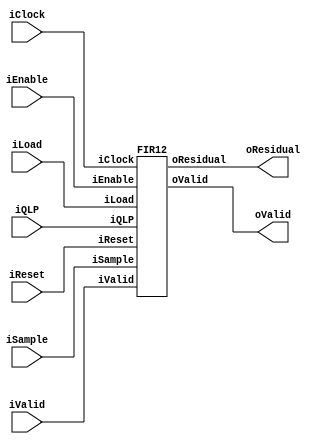

/* This code has been autogenerated by "generate_fir.py".
 * Modify at your own risk
 */
 
 
`define SHIFT 10
 
module fir_filters(
    input wire iClock,
    input wire iEnable,
    input wire iReset,
    
    input wire iLoad, 
    input wire signed [14:0] iQLP,
    
    input wire iValid,
    input wire signed [15:0] iSample,
    
    output wire signed [15:0] oResidual,
    output wire oValid
    );

FIR12 f12 (
    .iClock(iClock),
    .iEnable(iEnable),
    .iReset(iReset),
    
    .iLoad(iLoad), 
    .iQLP(iQLP),
    
    .iValid(iValid),
    .iSample(iSample),
    
    .oResidual(oResidual),
    .oValid(oValid)
    );
endmodule

    
module FIR1(
    input wire iClock,
    input wire iEnable,
    input wire iReset,
    
    input wire iLoad, 
    input wire signed [14:0] iQLP,
    
    input wire iValid,
    input wire signed [15:0] iSample,
    
    output wire signed [15:0] oResidual,
    output wire oValid
    );

parameter ORDER = 1;
parameter LATENCY = 1 + ORDER;
parameter PRECISION = 15;

integer i;
reg signed [14:0] qlp_coeff [0:ORDER - 1];
reg signed [15:0] data[0:ORDER - 1];
reg [3:0] coeff_count;
reg [LATENCY:0] valid;

reg signed [`SHIFT + 16:0] level0_0;
reg signed [15:0] data0_l0;
reg signed [15:0] residual;

assign oValid = valid[LATENCY];
assign oResidual = residual; // right shift the result

always @(posedge iClock) begin
    if (iReset) begin
        qlp_coeff[0] <= 0;
        data[0] <= 0;
        
        valid <= 0;
        coeff_count <= 0;


    end else if (iEnable) begin
        if (iLoad && coeff_count <= ORDER) begin
            qlp_coeff[0] <= iQLP;
            for (i = ORDER - 1; i > 0; i = i - 1) begin
                qlp_coeff[i] <= qlp_coeff[i - 1];
            end 
            coeff_count <= coeff_count + 1'b1;
        end else begin
            valid <= (valid << 1) | iValid;
            
            data[0] <= iSample;
            for (i = ORDER - 1; i > 0; i = i - 1) begin
                data[i] <= data[i - 1];
            end 
    
            level0_0 <= qlp_coeff[0]*data[0];

            data0_l0 <= iSample;

            residual <= data0_l0 - (level0_0 >> `SHIFT);
        end
    end
end
endmodule

    
module FIR2(
    input wire iClock,
    input wire iEnable,
    input wire iReset,
    
    input wire iLoad, 
    input wire signed [14:0] iQLP,
    
    input wire iValid,
    input wire signed [15:0] iSample,
    
    output wire signed [15:0] oResidual,
    output wire oValid
    );

parameter ORDER = 2;
parameter LATENCY = 2 + ORDER;
parameter PRECISION = 15;

integer i;
reg signed [14:0] qlp_coeff [0:ORDER - 1];
reg signed [15:0] data[0:ORDER - 1];
reg [3:0] coeff_count;
reg [LATENCY:0] valid;

reg signed [`SHIFT + 16:0] level0_0;
reg signed [`SHIFT + 16:0] level0_1;
reg signed [`SHIFT + 16:0] level1_0;
reg signed [15:0] data0_l0;
reg signed [15:0] data0_l1;
reg signed [15:0] residual;

assign oValid = valid[LATENCY];
assign oResidual = residual; // right shift the result

always @(posedge iClock) begin
    if (iReset) begin
        qlp_coeff[0] <= 0;
        data[0] <= 0;
        
        valid <= 0;
        coeff_count <= 0;


    end else if (iEnable) begin
        if (iLoad && coeff_count <= ORDER) begin
            qlp_coeff[0] <= iQLP;
            for (i = ORDER - 1; i > 0; i = i - 1) begin
                qlp_coeff[i] <= qlp_coeff[i - 1];
            end 
            coeff_count <= coeff_count + 1'b1;
        end else begin
            valid <= (valid << 1) | iValid;
            
            data[0] <= iSample;
            for (i = ORDER - 1; i > 0; i = i - 1) begin
                data[i] <= data[i - 1];
            end 
    
            level0_0 <= qlp_coeff[0]*data[0];
            level0_1 <= qlp_coeff[1]*data[1];

            data0_l0 <= iSample;
            data0_l1 <= data0_l0;

            level1_0 <= level0_0 + level0_1;

            residual <= data0_l1 - (level1_0 >> `SHIFT);
        end
    end
end
endmodule

    
module FIR3(
    input wire iClock,
    input wire iEnable,
    input wire iReset,
    
    input wire iLoad, 
    input wire signed [14:0] iQLP,
    
    input wire iValid,
    input wire signed [15:0] iSample,
    
    output wire signed [15:0] oResidual,
    output wire oValid
    );

parameter ORDER = 3;
parameter LATENCY = 3 + ORDER;
parameter PRECISION = 15;

integer i;
reg signed [14:0] qlp_coeff [0:ORDER - 1];
reg signed [15:0] data[0:ORDER - 1];
reg [3:0] coeff_count;
reg [LATENCY:0] valid;

reg signed [`SHIFT + 16:0] level0_0;
reg signed [`SHIFT + 16:0] level0_1;
reg signed [`SHIFT + 16:0] level0_2;
reg signed [`SHIFT + 16:0] level1_0;
reg signed [`SHIFT + 16:0] rlevel1_1;
reg signed [`SHIFT + 16:0] level2_0;
reg signed [15:0] data0_l0;
reg signed [15:0] data0_l1;
reg signed [15:0] data0_l2;
reg signed [15:0] residual;

assign oValid = valid[LATENCY];
assign oResidual = residual; // right shift the result

always @(posedge iClock) begin
    if (iReset) begin
        qlp_coeff[0] <= 0;
        data[0] <= 0;
        
        valid <= 0;
        coeff_count <= 0;


    end else if (iEnable) begin
        if (iLoad && coeff_count <= ORDER) begin
            qlp_coeff[0] <= iQLP;
            for (i = ORDER - 1; i > 0; i = i - 1) begin
                qlp_coeff[i] <= qlp_coeff[i - 1];
            end 
            coeff_count <= coeff_count + 1'b1;
        end else begin
            valid <= (valid << 1) | iValid;
            
            data[0] <= iSample;
            for (i = ORDER - 1; i > 0; i = i - 1) begin
                data[i] <= data[i - 1];
            end 
    
            level0_0 <= qlp_coeff[0]*data[0];
            level0_1 <= qlp_coeff[1]*data[1];
            level0_2 <= qlp_coeff[2]*data[2];

            data0_l0 <= iSample;
            data0_l1 <= data0_l0;
            data0_l2 <= data0_l1;

            level1_0 <= level0_0 + level0_1;
            rlevel1_1 <= level0_2;

            level2_0 <= level1_0 + rlevel1_1;

            residual <= data0_l2 - (level2_0 >> `SHIFT);
        end
    end
end
endmodule

    
module FIR4(
    input wire iClock,
    input wire iEnable,
    input wire iReset,
    
    input wire iLoad, 
    input wire signed [14:0] iQLP,
    
    input wire iValid,
    input wire signed [15:0] iSample,
    
    output wire signed [15:0] oResidual,
    output wire oValid
    );

parameter ORDER = 4;
parameter LATENCY = 3 + ORDER;
parameter PRECISION = 15;

integer i;
reg signed [14:0] qlp_coeff [0:ORDER - 1];
reg signed [15:0] data[0:ORDER - 1];
reg [3:0] coeff_count;
reg [LATENCY:0] valid;

reg signed [`SHIFT + 16:0] level0_0;
reg signed [`SHIFT + 16:0] level0_1;
reg signed [`SHIFT + 16:0] level0_2;
reg signed [`SHIFT + 16:0] level0_3;
reg signed [`SHIFT + 16:0] level1_0;
reg signed [`SHIFT + 16:0] level1_1;
reg signed [`SHIFT + 16:0] level2_0;
reg signed [15:0] data0_l0;
reg signed [15:0] data0_l1;
reg signed [15:0] data0_l2;
reg signed [15:0] residual;

assign oValid = valid[LATENCY];
assign oResidual = residual; // right shift the result

always @(posedge iClock) begin
    if (iReset) begin
        qlp_coeff[0] <= 0;
        data[0] <= 0;
        
        valid <= 0;
        coeff_count <= 0;


    end else if (iEnable) begin
        if (iLoad && coeff_count <= ORDER) begin
            qlp_coeff[0] <= iQLP;
            for (i = ORDER - 1; i > 0; i = i - 1) begin
                qlp_coeff[i] <= qlp_coeff[i - 1];
            end 
            coeff_count <= coeff_count + 1'b1;
        end else begin
            valid <= (valid << 1) | iValid;
            
            data[0] <= iSample;
            for (i = ORDER - 1; i > 0; i = i - 1) begin
                data[i] <= data[i - 1];
            end 
    
            level0_0 <= qlp_coeff[0]*data[0];
            level0_1 <= qlp_coeff[1]*data[1];
            level0_2 <= qlp_coeff[2]*data[2];
            level0_3 <= qlp_coeff[3]*data[3];

            data0_l0 <= iSample;
            data0_l1 <= data0_l0;
            data0_l2 <= data0_l1;

            level1_0 <= level0_0 + level0_1;
            level1_1 <= level0_2 + level0_3;

            level2_0 <= level1_0 + level1_1;

            residual <= data0_l2 - (level2_0 >> `SHIFT);
        end
    end
end
endmodule

    
module FIR5(
    input wire iClock,
    input wire iEnable,
    input wire iReset,
    
    input wire iLoad, 
    input wire signed [14:0] iQLP,
    
    input wire iValid,
    input wire signed [15:0] iSample,
    
    output wire signed [15:0] oResidual,
    output wire oValid
    );

parameter ORDER = 5;
parameter LATENCY = 4 + ORDER;
parameter PRECISION = 15;

integer i;
reg signed [14:0] qlp_coeff [0:ORDER - 1];
reg signed [15:0] data[0:ORDER - 1];
reg [3:0] coeff_count;
reg [LATENCY:0] valid;

reg signed [`SHIFT + 16:0] level0_0;
reg signed [`SHIFT + 16:0] level0_1;
reg signed [`SHIFT + 16:0] level0_2;
reg signed [`SHIFT + 16:0] level0_3;
reg signed [`SHIFT + 16:0] level0_4;
reg signed [`SHIFT + 16:0] level1_0;
reg signed [`SHIFT + 16:0] level1_1;
reg signed [`SHIFT + 16:0] rlevel1_2;
reg signed [`SHIFT + 16:0] level2_0;
reg signed [`SHIFT + 16:0] rlevel2_1;
reg signed [`SHIFT + 16:0] level3_0;
reg signed [15:0] data0_l0;
reg signed [15:0] data0_l1;
reg signed [15:0] data0_l2;
reg signed [15:0] data0_l3;
reg signed [15:0] residual;

assign oValid = valid[LATENCY];
assign oResidual = residual; // right shift the result

always @(posedge iClock) begin
    if (iReset) begin
        qlp_coeff[0] <= 0;
        data[0] <= 0;
        
        valid <= 0;
        coeff_count <= 0;


    end else if (iEnable) begin
        if (iLoad && coeff_count <= ORDER) begin
            qlp_coeff[0] <= iQLP;
            for (i = ORDER - 1; i > 0; i = i - 1) begin
                qlp_coeff[i] <= qlp_coeff[i - 1];
            end 
            coeff_count <= coeff_count + 1'b1;
        end else begin
            valid <= (valid << 1) | iValid;
            
            data[0] <= iSample;
            for (i = ORDER - 1; i > 0; i = i - 1) begin
                data[i] <= data[i - 1];
            end 
    
            level0_0 <= qlp_coeff[0]*data[0];
            level0_1 <= qlp_coeff[1]*data[1];
            level0_2 <= qlp_coeff[2]*data[2];
            level0_3 <= qlp_coeff[3]*data[3];
            level0_4 <= qlp_coeff[4]*data[4];

            data0_l0 <= iSample;
            data0_l1 <= data0_l0;
            data0_l2 <= data0_l1;
            data0_l3 <= data0_l2;

            level1_0 <= level0_0 + level0_1;
            level1_1 <= level0_2 + level0_3;
            rlevel1_2 <= level0_4;

            level2_0 <= level1_0 + level1_1;
            rlevel2_1 <= rlevel1_2;

            level3_0 <= level2_0 + rlevel2_1;

            residual <= data0_l3 - (level3_0 >> `SHIFT);
        end
    end
end
endmodule

    
module FIR6(
    input wire iClock,
    input wire iEnable,
    input wire iReset,
    
    input wire iLoad, 
    input wire signed [14:0] iQLP,
    
    input wire iValid,
    input wire signed [15:0] iSample,
    
    output wire signed [15:0] oResidual,
    output wire oValid
    );

parameter ORDER = 6;
parameter LATENCY = 4 + ORDER;
parameter PRECISION = 15;

integer i;
reg signed [14:0] qlp_coeff [0:ORDER - 1];
reg signed [15:0] data[0:ORDER - 1];
reg [3:0] coeff_count;
reg [LATENCY:0] valid;

reg signed [`SHIFT + 16:0] level0_0;
reg signed [`SHIFT + 16:0] level0_1;
reg signed [`SHIFT + 16:0] level0_2;
reg signed [`SHIFT + 16:0] level0_3;
reg signed [`SHIFT + 16:0] level0_4;
reg signed [`SHIFT + 16:0] level0_5;
reg signed [`SHIFT + 16:0] level1_0;
reg signed [`SHIFT + 16:0] level1_1;
reg signed [`SHIFT + 16:0] level1_2;
reg signed [`SHIFT + 16:0] level2_0;
reg signed [`SHIFT + 16:0] rlevel2_1;
reg signed [`SHIFT + 16:0] level3_0;
reg signed [15:0] data0_l0;
reg signed [15:0] data0_l1;
reg signed [15:0] data0_l2;
reg signed [15:0] data0_l3;
reg signed [15:0] residual;

assign oValid = valid[LATENCY];
assign oResidual = residual; // right shift the result

always @(posedge iClock) begin
    if (iReset) begin
        qlp_coeff[0] <= 0;
        data[0] <= 0;
        
        valid <= 0;
        coeff_count <= 0;


    end else if (iEnable) begin
        if (iLoad && coeff_count <= ORDER) begin
            qlp_coeff[0] <= iQLP;
            for (i = ORDER - 1; i > 0; i = i - 1) begin
                qlp_coeff[i] <= qlp_coeff[i - 1];
            end 
            coeff_count <= coeff_count + 1'b1;
        end else begin
            valid <= (valid << 1) | iValid;
            
            data[0] <= iSample;
            for (i = ORDER - 1; i > 0; i = i - 1) begin
                data[i] <= data[i - 1];
            end 
    
            level0_0 <= qlp_coeff[0]*data[0];
            level0_1 <= qlp_coeff[1]*data[1];
            level0_2 <= qlp_coeff[2]*data[2];
            level0_3 <= qlp_coeff[3]*data[3];
            level0_4 <= qlp_coeff[4]*data[4];
            level0_5 <= qlp_coeff[5]*data[5];

            data0_l0 <= iSample;
            data0_l1 <= data0_l0;
            data0_l2 <= data0_l1;
            data0_l3 <= data0_l2;

            level1_0 <= level0_0 + level0_1;
            level1_1 <= level0_2 + level0_3;
            level1_2 <= level0_4 + level0_5;

            level2_0 <= level1_0 + level1_1;
            rlevel2_1 <= level1_2;

            level3_0 <= level2_0 + rlevel2_1;

            residual <= data0_l3 - (level3_0 >> `SHIFT);
        end
    end
end
endmodule

    
module FIR7(
    input wire iClock,
    input wire iEnable,
    input wire iReset,
    
    input wire iLoad, 
    input wire signed [14:0] iQLP,
    
    input wire iValid,
    input wire signed [15:0] iSample,
    
    output wire signed [15:0] oResidual,
    output wire oValid
    );

parameter ORDER = 7;
parameter LATENCY = 4 + ORDER;
parameter PRECISION = 15;

integer i;
reg signed [14:0] qlp_coeff [0:ORDER - 1];
reg signed [15:0] data[0:ORDER - 1];
reg [3:0] coeff_count;
reg [LATENCY:0] valid;

reg signed [`SHIFT + 16:0] level0_0;
reg signed [`SHIFT + 16:0] level0_1;
reg signed [`SHIFT + 16:0] level0_2;
reg signed [`SHIFT + 16:0] level0_3;
reg signed [`SHIFT + 16:0] level0_4;
reg signed [`SHIFT + 16:0] level0_5;
reg signed [`SHIFT + 16:0] level0_6;
reg signed [`SHIFT + 16:0] level1_0;
reg signed [`SHIFT + 16:0] level1_1;
reg signed [`SHIFT + 16:0] level1_2;
reg signed [`SHIFT + 16:0] rlevel1_3;
reg signed [`SHIFT + 16:0] level2_0;
reg signed [`SHIFT + 16:0] level2_1;
reg signed [`SHIFT + 16:0] level3_0;
reg signed [15:0] data0_l0;
reg signed [15:0] data0_l1;
reg signed [15:0] data0_l2;
reg signed [15:0] data0_l3;
reg signed [15:0] residual;

assign oValid = valid[LATENCY];
assign oResidual = residual; // right shift the result

always @(posedge iClock) begin
    if (iReset) begin
        qlp_coeff[0] <= 0;
        data[0] <= 0;
        
        valid <= 0;
        coeff_count <= 0;


    end else if (iEnable) begin
        if (iLoad && coeff_count <= ORDER) begin
            qlp_coeff[0] <= iQLP;
            for (i = ORDER - 1; i > 0; i = i - 1) begin
                qlp_coeff[i] <= qlp_coeff[i - 1];
            end 
            coeff_count <= coeff_count + 1'b1;
        end else begin
            valid <= (valid << 1) | iValid;
            
            data[0] <= iSample;
            for (i = ORDER - 1; i > 0; i = i - 1) begin
                data[i] <= data[i - 1];
            end 
    
            level0_0 <= qlp_coeff[0]*data[0];
            level0_1 <= qlp_coeff[1]*data[1];
            level0_2 <= qlp_coeff[2]*data[2];
            level0_3 <= qlp_coeff[3]*data[3];
            level0_4 <= qlp_coeff[4]*data[4];
            level0_5 <= qlp_coeff[5]*data[5];
            level0_6 <= qlp_coeff[6]*data[6];

            data0_l0 <= iSample;
            data0_l1 <= data0_l0;
            data0_l2 <= data0_l1;
            data0_l3 <= data0_l2;

            level1_0 <= level0_0 + level0_1;
            level1_1 <= level0_2 + level0_3;
            level1_2 <= level0_4 + level0_5;
            rlevel1_3 <= level0_6;

            level2_0 <= level1_0 + level1_1;
            level2_1 <= level1_2 + rlevel1_3;

            level3_0 <= level2_0 + level2_1;

            residual <= data0_l3 - (level3_0 >> `SHIFT);
        end
    end
end
endmodule

    
module FIR8(
    input wire iClock,
    input wire iEnable,
    input wire iReset,
    
    input wire iLoad, 
    input wire signed [14:0] iQLP,
    
    input wire iValid,
    input wire signed [15:0] iSample,
    
    output wire signed [15:0] oResidual,
    output wire oValid
    );

parameter ORDER = 8;
parameter LATENCY = 4 + ORDER;
parameter PRECISION = 15;

integer i;
reg signed [14:0] qlp_coeff [0:ORDER - 1];
reg signed [15:0] data[0:ORDER - 1];
reg [3:0] coeff_count;
reg [LATENCY:0] valid;

reg signed [`SHIFT + 16:0] level0_0;
reg signed [`SHIFT + 16:0] level0_1;
reg signed [`SHIFT + 16:0] level0_2;
reg signed [`SHIFT + 16:0] level0_3;
reg signed [`SHIFT + 16:0] level0_4;
reg signed [`SHIFT + 16:0] level0_5;
reg signed [`SHIFT + 16:0] level0_6;
reg signed [`SHIFT + 16:0] level0_7;
reg signed [`SHIFT + 16:0] level1_0;
reg signed [`SHIFT + 16:0] level1_1;
reg signed [`SHIFT + 16:0] level1_2;
reg signed [`SHIFT + 16:0] level1_3;
reg signed [`SHIFT + 16:0] level2_0;
reg signed [`SHIFT + 16:0] level2_1;
reg signed [`SHIFT + 16:0] level3_0;
reg signed [15:0] data0_l0;
reg signed [15:0] data0_l1;
reg signed [15:0] data0_l2;
reg signed [15:0] data0_l3;
reg signed [15:0] residual;

assign oValid = valid[LATENCY];
assign oResidual = residual; // right shift the result

always @(posedge iClock) begin
    if (iReset) begin
        qlp_coeff[0] <= 0;
        data[0] <= 0;
        
        valid <= 0;
        coeff_count <= 0;


    end else if (iEnable) begin
        if (iLoad && coeff_count <= ORDER) begin
            qlp_coeff[0] <= iQLP;
            for (i = ORDER - 1; i > 0; i = i - 1) begin
                qlp_coeff[i] <= qlp_coeff[i - 1];
            end 
            coeff_count <= coeff_count + 1'b1;
        end else begin
            valid <= (valid << 1) | iValid;
            
            data[0] <= iSample;
            for (i = ORDER - 1; i > 0; i = i - 1) begin
                data[i] <= data[i - 1];
            end 
    
            level0_0 <= qlp_coeff[0]*data[0];
            level0_1 <= qlp_coeff[1]*data[1];
            level0_2 <= qlp_coeff[2]*data[2];
            level0_3 <= qlp_coeff[3]*data[3];
            level0_4 <= qlp_coeff[4]*data[4];
            level0_5 <= qlp_coeff[5]*data[5];
            level0_6 <= qlp_coeff[6]*data[6];
            level0_7 <= qlp_coeff[7]*data[7];

            data0_l0 <= iSample;
            data0_l1 <= data0_l0;
            data0_l2 <= data0_l1;
            data0_l3 <= data0_l2;

            level1_0 <= level0_0 + level0_1;
            level1_1 <= level0_2 + level0_3;
            level1_2 <= level0_4 + level0_5;
            level1_3 <= level0_6 + level0_7;

            level2_0 <= level1_0 + level1_1;
            level2_1 <= level1_2 + level1_3;

            level3_0 <= level2_0 + level2_1;

            residual <= data0_l3 - (level3_0 >> `SHIFT);
        end
    end
end
endmodule

    
module FIR9(
    input wire iClock,
    input wire iEnable,
    input wire iReset,
    
    input wire iLoad, 
    input wire signed [14:0] iQLP,
    
    input wire iValid,
    input wire signed [15:0] iSample,
    
    output wire signed [15:0] oResidual,
    output wire oValid
    );

parameter ORDER = 9;
parameter LATENCY = 5 + ORDER;
parameter PRECISION = 15;

integer i;
reg signed [14:0] qlp_coeff [0:ORDER - 1];
reg signed [15:0] data[0:ORDER - 1];
reg [3:0] coeff_count;
reg [LATENCY:0] valid;

reg signed [`SHIFT + 16:0] level0_0;
reg signed [`SHIFT + 16:0] level0_1;
reg signed [`SHIFT + 16:0] level0_2;
reg signed [`SHIFT + 16:0] level0_3;
reg signed [`SHIFT + 16:0] level0_4;
reg signed [`SHIFT + 16:0] level0_5;
reg signed [`SHIFT + 16:0] level0_6;
reg signed [`SHIFT + 16:0] level0_7;
reg signed [`SHIFT + 16:0] level0_8;
reg signed [`SHIFT + 16:0] level1_0;
reg signed [`SHIFT + 16:0] level1_1;
reg signed [`SHIFT + 16:0] level1_2;
reg signed [`SHIFT + 16:0] level1_3;
reg signed [`SHIFT + 16:0] rlevel1_4;
reg signed [`SHIFT + 16:0] level2_0;
reg signed [`SHIFT + 16:0] level2_1;
reg signed [`SHIFT + 16:0] rlevel2_2;
reg signed [`SHIFT + 16:0] level3_0;
reg signed [`SHIFT + 16:0] rlevel3_1;
reg signed [`SHIFT + 16:0] level4_0;
reg signed [15:0] data0_l0;
reg signed [15:0] data0_l1;
reg signed [15:0] data0_l2;
reg signed [15:0] data0_l3;
reg signed [15:0] data0_l4;
reg signed [15:0] residual;

assign oValid = valid[LATENCY];
assign oResidual = residual; // right shift the result

always @(posedge iClock) begin
    if (iReset) begin
        qlp_coeff[0] <= 0;
        data[0] <= 0;
        
        valid <= 0;
        coeff_count <= 0;


    end else if (iEnable) begin
        if (iLoad && coeff_count <= ORDER) begin
            qlp_coeff[0] <= iQLP;
            for (i = ORDER - 1; i > 0; i = i - 1) begin
                qlp_coeff[i] <= qlp_coeff[i - 1];
            end 
            coeff_count <= coeff_count + 1'b1;
        end else begin
            valid <= (valid << 1) | iValid;
            
            data[0] <= iSample;
            for (i = ORDER - 1; i > 0; i = i - 1) begin
                data[i] <= data[i - 1];
            end 
    
            level0_0 <= qlp_coeff[0]*data[0];
            level0_1 <= qlp_coeff[1]*data[1];
            level0_2 <= qlp_coeff[2]*data[2];
            level0_3 <= qlp_coeff[3]*data[3];
            level0_4 <= qlp_coeff[4]*data[4];
            level0_5 <= qlp_coeff[5]*data[5];
            level0_6 <= qlp_coeff[6]*data[6];
            level0_7 <= qlp_coeff[7]*data[7];
            level0_8 <= qlp_coeff[8]*data[8];

            data0_l0 <= iSample;
            data0_l1 <= data0_l0;
            data0_l2 <= data0_l1;
            data0_l3 <= data0_l2;
            data0_l4 <= data0_l3;

            level1_0 <= level0_0 + level0_1;
            level1_1 <= level0_2 + level0_3;
            level1_2 <= level0_4 + level0_5;
            level1_3 <= level0_6 + level0_7;
            rlevel1_4 <= level0_8;

            level2_0 <= level1_0 + level1_1;
            level2_1 <= level1_2 + level1_3;
            rlevel2_2 <= rlevel1_4;

            level3_0 <= level2_0 + level2_1;
            rlevel3_1 <= rlevel2_2;

            level4_0 <= level3_0 + rlevel3_1;

            residual <= data0_l4 - (level4_0 >> `SHIFT);
        end
    end
end
endmodule

    
module FIR10(
    input wire iClock,
    input wire iEnable,
    input wire iReset,
    
    input wire iLoad, 
    input wire signed [14:0] iQLP,
    
    input wire iValid,
    input wire signed [15:0] iSample,
    
    output wire signed [15:0] oResidual,
    output wire oValid
    );

parameter ORDER = 10;
parameter LATENCY = 5 + ORDER;
parameter PRECISION = 15;

integer i;
reg signed [14:0] qlp_coeff [0:ORDER - 1];
reg signed [15:0] data[0:ORDER - 1];
reg [3:0] coeff_count;
reg [LATENCY:0] valid;

reg signed [`SHIFT + 16:0] level0_0;
reg signed [`SHIFT + 16:0] level0_1;
reg signed [`SHIFT + 16:0] level0_2;
reg signed [`SHIFT + 16:0] level0_3;
reg signed [`SHIFT + 16:0] level0_4;
reg signed [`SHIFT + 16:0] level0_5;
reg signed [`SHIFT + 16:0] level0_6;
reg signed [`SHIFT + 16:0] level0_7;
reg signed [`SHIFT + 16:0] level0_8;
reg signed [`SHIFT + 16:0] level0_9;
reg signed [`SHIFT + 16:0] level1_0;
reg signed [`SHIFT + 16:0] level1_1;
reg signed [`SHIFT + 16:0] level1_2;
reg signed [`SHIFT + 16:0] level1_3;
reg signed [`SHIFT + 16:0] level1_4;
reg signed [`SHIFT + 16:0] level2_0;
reg signed [`SHIFT + 16:0] level2_1;
reg signed [`SHIFT + 16:0] rlevel2_2;
reg signed [`SHIFT + 16:0] level3_0;
reg signed [`SHIFT + 16:0] rlevel3_1;
reg signed [`SHIFT + 16:0] level4_0;
reg signed [15:0] data0_l0;
reg signed [15:0] data0_l1;
reg signed [15:0] data0_l2;
reg signed [15:0] data0_l3;
reg signed [15:0] data0_l4;
reg signed [15:0] residual;

assign oValid = valid[LATENCY];
assign oResidual = residual; // right shift the result

always @(posedge iClock) begin
    if (iReset) begin
        qlp_coeff[0] <= 0;
        data[0] <= 0;
        
        valid <= 0;
        coeff_count <= 0;


    end else if (iEnable) begin
        if (iLoad && coeff_count <= ORDER) begin
            qlp_coeff[0] <= iQLP;
            for (i = ORDER - 1; i > 0; i = i - 1) begin
                qlp_coeff[i] <= qlp_coeff[i - 1];
            end 
            coeff_count <= coeff_count + 1'b1;
        end else begin
            valid <= (valid << 1) | iValid;
            
            data[0] <= iSample;
            for (i = ORDER - 1; i > 0; i = i - 1) begin
                data[i] <= data[i - 1];
            end 
    
            level0_0 <= qlp_coeff[0]*data[0];
            level0_1 <= qlp_coeff[1]*data[1];
            level0_2 <= qlp_coeff[2]*data[2];
            level0_3 <= qlp_coeff[3]*data[3];
            level0_4 <= qlp_coeff[4]*data[4];
            level0_5 <= qlp_coeff[5]*data[5];
            level0_6 <= qlp_coeff[6]*data[6];
            level0_7 <= qlp_coeff[7]*data[7];
            level0_8 <= qlp_coeff[8]*data[8];
            level0_9 <= qlp_coeff[9]*data[9];

            data0_l0 <= iSample;
            data0_l1 <= data0_l0;
            data0_l2 <= data0_l1;
            data0_l3 <= data0_l2;
            data0_l4 <= data0_l3;

            level1_0 <= level0_0 + level0_1;
            level1_1 <= level0_2 + level0_3;
            level1_2 <= level0_4 + level0_5;
            level1_3 <= level0_6 + level0_7;
            level1_4 <= level0_8 + level0_9;

            level2_0 <= level1_0 + level1_1;
            level2_1 <= level1_2 + level1_3;
            rlevel2_2 <= level1_4;

            level3_0 <= level2_0 + level2_1;
            rlevel3_1 <= rlevel2_2;

            level4_0 <= level3_0 + rlevel3_1;

            residual <= data0_l4 - (level4_0 >> `SHIFT);
        end
    end
end
endmodule

    
module FIR11(
    input wire iClock,
    input wire iEnable,
    input wire iReset,
    
    input wire iLoad, 
    input wire signed [14:0] iQLP,
    
    input wire iValid,
    input wire signed [15:0] iSample,
    
    output wire signed [15:0] oResidual,
    output wire oValid
    );

parameter ORDER = 11;
parameter LATENCY = 5 + ORDER;
parameter PRECISION = 15;

integer i;
reg signed [14:0] qlp_coeff [0:ORDER - 1];
reg signed [15:0] data[0:ORDER - 1];
reg [3:0] coeff_count;
reg [LATENCY:0] valid;

reg signed [`SHIFT + 16:0] level0_0;
reg signed [`SHIFT + 16:0] level0_1;
reg signed [`SHIFT + 16:0] level0_2;
reg signed [`SHIFT + 16:0] level0_3;
reg signed [`SHIFT + 16:0] level0_4;
reg signed [`SHIFT + 16:0] level0_5;
reg signed [`SHIFT + 16:0] level0_6;
reg signed [`SHIFT + 16:0] level0_7;
reg signed [`SHIFT + 16:0] level0_8;
reg signed [`SHIFT + 16:0] level0_9;
reg signed [`SHIFT + 16:0] level0_10;
reg signed [`SHIFT + 16:0] level1_0;
reg signed [`SHIFT + 16:0] level1_1;
reg signed [`SHIFT + 16:0] level1_2;
reg signed [`SHIFT + 16:0] level1_3;
reg signed [`SHIFT + 16:0] level1_4;
reg signed [`SHIFT + 16:0] rlevel1_5;
reg signed [`SHIFT + 16:0] level2_0;
reg signed [`SHIFT + 16:0] level2_1;
reg signed [`SHIFT + 16:0] level2_2;
reg signed [`SHIFT + 16:0] level3_0;
reg signed [`SHIFT + 16:0] rlevel3_1;
reg signed [`SHIFT + 16:0] level4_0;
reg signed [15:0] data0_l0;
reg signed [15:0] data0_l1;
reg signed [15:0] data0_l2;
reg signed [15:0] data0_l3;
reg signed [15:0] data0_l4;
reg signed [15:0] residual;

assign oValid = valid[LATENCY];
assign oResidual = residual; // right shift the result

always @(posedge iClock) begin
    if (iReset) begin
        qlp_coeff[0] <= 0;
        data[0] <= 0;
        
        valid <= 0;
        coeff_count <= 0;


    end else if (iEnable) begin
        if (iLoad && coeff_count <= ORDER) begin
            qlp_coeff[0] <= iQLP;
            for (i = ORDER - 1; i > 0; i = i - 1) begin
                qlp_coeff[i] <= qlp_coeff[i - 1];
            end 
            coeff_count <= coeff_count + 1'b1;
        end else begin
            valid <= (valid << 1) | iValid;
            
            data[0] <= iSample;
            for (i = ORDER - 1; i > 0; i = i - 1) begin
                data[i] <= data[i - 1];
            end 
    
            level0_0 <= qlp_coeff[0]*data[0];
            level0_1 <= qlp_coeff[1]*data[1];
            level0_2 <= qlp_coeff[2]*data[2];
            level0_3 <= qlp_coeff[3]*data[3];
            level0_4 <= qlp_coeff[4]*data[4];
            level0_5 <= qlp_coeff[5]*data[5];
            level0_6 <= qlp_coeff[6]*data[6];
            level0_7 <= qlp_coeff[7]*data[7];
            level0_8 <= qlp_coeff[8]*data[8];
            level0_9 <= qlp_coeff[9]*data[9];
            level0_10 <= qlp_coeff[10]*data[10];

            data0_l0 <= iSample;
            data0_l1 <= data0_l0;
            data0_l2 <= data0_l1;
            data0_l3 <= data0_l2;
            data0_l4 <= data0_l3;

            level1_0 <= level0_0 + level0_1;
            level1_1 <= level0_2 + level0_3;
            level1_2 <= level0_4 + level0_5;
            level1_3 <= level0_6 + level0_7;
            level1_4 <= level0_8 + level0_9;
            rlevel1_5 <= level0_10;

            level2_0 <= level1_0 + level1_1;
            level2_1 <= level1_2 + level1_3;
            level2_2 <= level1_4 + rlevel1_5;

            level3_0 <= level2_0 + level2_1;
            rlevel3_1 <= level2_2;

            level4_0 <= level3_0 + rlevel3_1;

            residual <= data0_l4 - (level4_0 >> `SHIFT);
        end
    end
end
endmodule

    
module FIR12(
    input wire iClock,
    input wire iEnable,
    input wire iReset,
    
    input wire iLoad, 
    input wire signed [14:0] iQLP,
    
    input wire iValid,
    input wire signed [15:0] iSample,
    
    output wire signed [15:0] oResidual,
    output wire oValid
    );

parameter ORDER = 12;
parameter LATENCY = 5 + ORDER;
parameter PRECISION = 15;

integer i;
reg signed [14:0] qlp_coeff [0:ORDER - 1];
reg signed [15:0] data[0:ORDER - 1];
reg [3:0] coeff_count;
reg [LATENCY:0] valid;

reg signed [`SHIFT + 16:0] level0_0;
reg signed [`SHIFT + 16:0] level0_1;
reg signed [`SHIFT + 16:0] level0_2;
reg signed [`SHIFT + 16:0] level0_3;
reg signed [`SHIFT + 16:0] level0_4;
reg signed [`SHIFT + 16:0] level0_5;
reg signed [`SHIFT + 16:0] level0_6;
reg signed [`SHIFT + 16:0] level0_7;
reg signed [`SHIFT + 16:0] level0_8;
reg signed [`SHIFT + 16:0] level0_9;
reg signed [`SHIFT + 16:0] level0_10;
reg signed [`SHIFT + 16:0] level0_11;
reg signed [`SHIFT + 16:0] level1_0;
reg signed [`SHIFT + 16:0] level1_1;
reg signed [`SHIFT + 16:0] level1_2;
reg signed [`SHIFT + 16:0] level1_3;
reg signed [`SHIFT + 16:0] level1_4;
reg signed [`SHIFT + 16:0] level1_5;
reg signed [`SHIFT + 16:0] level2_0;
reg signed [`SHIFT + 16:0] level2_1;
reg signed [`SHIFT + 16:0] level2_2;
reg signed [`SHIFT + 16:0] level3_0;
reg signed [`SHIFT + 16:0] rlevel3_1;
reg signed [`SHIFT + 16:0] level4_0;
reg signed [15:0] data0_l0;
reg signed [15:0] data0_l1;
reg signed [15:0] data0_l2;
reg signed [15:0] data0_l3;
reg signed [15:0] data0_l4;
reg signed [15:0] residual;

assign oValid = valid[LATENCY];
assign oResidual = residual; // right shift the result

always @(posedge iClock) begin
    if (iReset) begin
        qlp_coeff[0] <= 0;
        data[0] <= 0;
        
        valid <= 0;
        coeff_count <= 0;


    end else if (iEnable) begin
        if (iLoad && coeff_count <= ORDER) begin
            qlp_coeff[0] <= iQLP;
            for (i = ORDER - 1; i > 0; i = i - 1) begin
                qlp_coeff[i] <= qlp_coeff[i - 1];
            end 
            coeff_count <= coeff_count + 1'b1;
        end else begin
            valid <= (valid << 1) | iValid;
            
            data[0] <= iSample;
            for (i = ORDER - 1; i > 0; i = i - 1) begin
                data[i] <= data[i - 1];
            end 
    
            level0_0 <= qlp_coeff[0]*data[0];
            level0_1 <= qlp_coeff[1]*data[1];
            level0_2 <= qlp_coeff[2]*data[2];
            level0_3 <= qlp_coeff[3]*data[3];
            level0_4 <= qlp_coeff[4]*data[4];
            level0_5 <= qlp_coeff[5]*data[5];
            level0_6 <= qlp_coeff[6]*data[6];
            level0_7 <= qlp_coeff[7]*data[7];
            level0_8 <= qlp_coeff[8]*data[8];
            level0_9 <= qlp_coeff[9]*data[9];
            level0_10 <= qlp_coeff[10]*data[10];
            level0_11 <= qlp_coeff[11]*data[11];

            data0_l0 <= iSample;
            data0_l1 <= data0_l0;
            data0_l2 <= data0_l1;
            data0_l3 <= data0_l2;
            data0_l4 <= data0_l3;

            level1_0 <= level0_0 + level0_1;
            level1_1 <= level0_2 + level0_3;
            level1_2 <= level0_4 + level0_5;
            level1_3 <= level0_6 + level0_7;
            level1_4 <= level0_8 + level0_9;
            level1_5 <= level0_10 + level0_11;

            level2_0 <= level1_0 + level1_1;
            level2_1 <= level1_2 + level1_3;
            level2_2 <= level1_4 + level1_5;

            level3_0 <= level2_0 + level2_1;
            rlevel3_1 <= level2_2;

            level4_0 <= level3_0 + rlevel3_1;

            residual <= data0_l4 - (level4_0 >> `SHIFT);
        end
    end
end
endmodule

module FIRX(
    input wire iClock,
    input wire iEnable,
    input wire iReset,
    
    input wire iLoad, 
    input wire signed [14:0] iQLP,
    
    input wire [3:0] iM,
    input wire iValid,
    input wire signed [15:0] iSample,
    
    output wire signed [15:0] oResidual,
    output wire oValid,
    output wire oInputDone,
    output wire oDone
    );

parameter ORDER = 12;
parameter LATENCY = 5 + ORDER;
parameter PRECISION = 15;

integer i;
reg signed [14:0] qlp_coeff [0:ORDER - 1];
reg signed [15:0] data[0:ORDER - 1];
reg [3:0] coeff_count;
reg [LATENCY:0] valid;
reg valid_sel;
reg [LATENCY - ORDER:0] done;
reg [15:0] input_count;

assign oInputDone = input_count == 4095;
assign oDone = done[LATENCY - ORDER];

reg signed [`SHIFT + 16:0] level0_0;
reg signed [`SHIFT + 16:0] level0_1;
reg signed [`SHIFT + 16:0] level0_2;
reg signed [`SHIFT + 16:0] level0_3;
reg signed [`SHIFT + 16:0] level0_4;
reg signed [`SHIFT + 16:0] level0_5;
reg signed [`SHIFT + 16:0] level0_6;
reg signed [`SHIFT + 16:0] level0_7;
reg signed [`SHIFT + 16:0] level0_8;
reg signed [`SHIFT + 16:0] level0_9;
reg signed [`SHIFT + 16:0] level0_10;
reg signed [`SHIFT + 16:0] level0_11;
reg signed [`SHIFT + 16:0] level1_0;
reg signed [`SHIFT + 16:0] level1_1;
reg signed [`SHIFT + 16:0] level1_2;
reg signed [`SHIFT + 16:0] level1_3;
reg signed [`SHIFT + 16:0] level1_4;
reg signed [`SHIFT + 16:0] level1_5;
reg signed [`SHIFT + 16:0] level2_0;
reg signed [`SHIFT + 16:0] level2_1;
reg signed [`SHIFT + 16:0] level2_2;
reg signed [`SHIFT + 16:0] level3_0;
reg signed [`SHIFT + 16:0] rlevel3_1;
reg signed [`SHIFT + 16:0] level4_0;
reg signed [15:0] data0_l0;
reg signed [15:0] data0_l1;
reg signed [15:0] data0_l2;
reg signed [15:0] data0_l3;
reg signed [15:0] data0_l4;
reg signed [15:0] residual;

assign oValid = valid_sel;
assign oResidual = residual; // right shift the result

always @(posedge iClock) begin
    if (iReset) begin
        for (i = 0; i < ORDER; i = i + 1) qlp_coeff[i] <= 0;
        for (i = 0; i < ORDER; i = i + 1) data[i] <= 0;
        
        valid <= 0;
        coeff_count <= 0;
        done <= 0;
        input_count <= 0;

    end else if (iEnable) begin
        valid_sel <= valid[iM + 4];
        done <= done << 1 | (input_count == 4095);
        
        // This is needed to short circuit the output valid signal when truly done
        
        
        if (iValid) begin
            input_count <= input_count + 1;
        end
        
        if (iLoad && coeff_count <= iM) begin
            qlp_coeff[0] <= iQLP;
            for (i = ORDER - 1; i > 0; i = i - 1) begin
                qlp_coeff[i] <= qlp_coeff[i - 1];
            end 
            coeff_count <= coeff_count + 1'b1;
        end else begin
            if (oDone) begin 
                valid <= 0;
                valid_sel <= 0;
            end else valid <= (valid << 1) | iValid;
            
            if (iValid) 
                data[0] <= iSample;
                
            for (i = ORDER - 1; i > 0; i = i - 1) begin
                data[i] <= data[i - 1];
            end 
    
            level0_0 <= qlp_coeff[0]*data[0];
            level0_1 <= qlp_coeff[1]*data[1];
            level0_2 <= qlp_coeff[2]*data[2];
            level0_3 <= qlp_coeff[3]*data[3];
            level0_4 <= qlp_coeff[4]*data[4];
            level0_5 <= qlp_coeff[5]*data[5];
            level0_6 <= qlp_coeff[6]*data[6];
            level0_7 <= qlp_coeff[7]*data[7];
            level0_8 <= qlp_coeff[8]*data[8];
            level0_9 <= qlp_coeff[9]*data[9];
            level0_10 <= qlp_coeff[10]*data[10];
            level0_11 <= qlp_coeff[11]*data[11];

            data0_l0 <= iSample;
            data0_l1 <= data0_l0;
            data0_l2 <= data0_l1;
            data0_l3 <= data0_l2;
            data0_l4 <= data0_l3;

            level1_0 <= level0_0 + level0_1;
            level1_1 <= level0_2 + level0_3;
            level1_2 <= level0_4 + level0_5;
            level1_3 <= level0_6 + level0_7;
            level1_4 <= level0_8 + level0_9;
            level1_5 <= level0_10 + level0_11;

            level2_0 <= level1_0 + level1_1;
            level2_1 <= level1_2 + level1_3;
            level2_2 <= level1_4 + level1_5;

            level3_0 <= level2_0 + level2_1;
            rlevel3_1 <= level2_2;

            level4_0 <= level3_0 + rlevel3_1;

            residual <= data0_l4 - (level4_0 >> `SHIFT);
        end
    end
end
endmodule